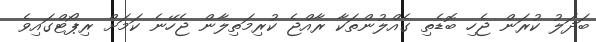
ބަދަލު ކުރަން ޖެހި ބޮޑެތި ގެއްލުންތަކާ ރާއްޖެ ކުރިމަތިލާން ޖެހޭނެ ކަމަށް ރިޕޯޓްގައިވެ